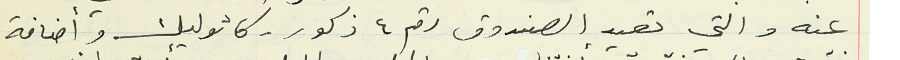
عنه والتي تعيد الصندوق رقم ٤ ذكور - كاثوليك وأضافة